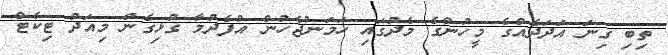
ތިބި ގިނަ އަދަދެއްގެ މީހުންގެ މެދުގައި ހަމަނުޖެހުން އުފެދުމާ ގުޅިގެން މިއަދު ޓިކެޓް